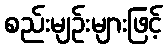
စည်းမျဉ်းများဖြင့်